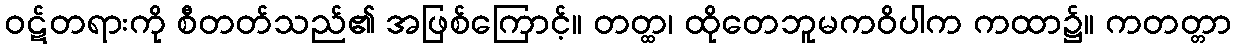
ဝဋ်တရားကို စီတတ်သည်၏ အဖြစ်ကြောင့်။ တတ္ထ၊ ထိုတေဘူမကဝိပါက ကထာ၌။ ကတတ္တာ